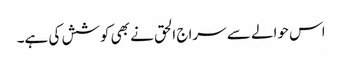
اس حوالے سے سراج الحق نے بھی کوشش کی ہے۔